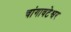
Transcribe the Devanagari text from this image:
चांगावटेश्वर